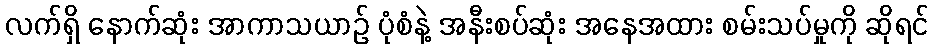
လက်ရှိ နောက်ဆုံး အာကာသယာဉ် ပုံစံနဲ့ အနီးစပ်ဆုံး အနေအထား စမ်းသပ်မှုကို ဆိုရင်